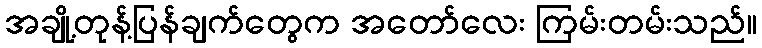
အချို့တုန့်ပြန်ချက်တွေက အတော်လေး ကြမ်းတမ်းသည်။